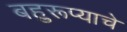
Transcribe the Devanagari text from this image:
बहुरूप्याचे